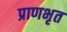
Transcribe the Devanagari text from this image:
प्राणभृत